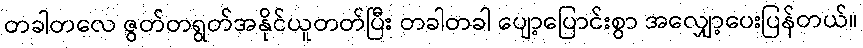
တခါတလေ ဇွတ်တရွတ်အနိုင်ယူတတ်ပြီး တခါတခါ ပျော့ပြောင်းစွာ အလျှော့ပေးပြန်တယ်။